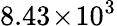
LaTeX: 8.43\! \times\! 10^{3}